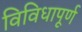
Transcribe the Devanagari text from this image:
विविधापूर्ण